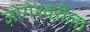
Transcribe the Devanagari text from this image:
जोगेश्वरीला